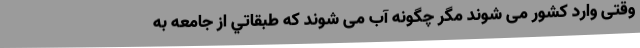
وقتی وارد کشور می شوند مگر چگونه آب می شوند که طبقاتي از جامعه به